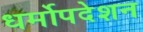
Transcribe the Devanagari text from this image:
धर्मोपदेशन